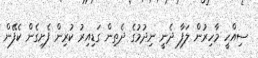
ސިއްހީ މާހިރުން ލަފާ ދެނީ ނިދުމުގެ ދެތިން ގަޑިއިރު ކުރިން ފެށިގެން ކެފޭން